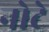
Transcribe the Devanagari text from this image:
नोटे